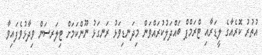
އުތުރު ކޮރެއާގެ ލީޑަރާއި ޓްރަމްޕް ބައްދަލުކުރައްވަން މިދަނޑިވަޅު ރަނގަޅު ނޫންކަމަށް ޓިލަރސަން ވިދާޅުވެފައިވާ